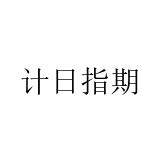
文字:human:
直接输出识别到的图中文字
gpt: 计日指期